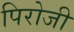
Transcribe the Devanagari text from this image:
पिरोजी